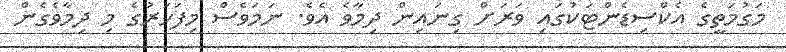
މަގުމަތީގެ އެކްސިޑެންޓަކުގައި ވަރަށް ގިނައިން ދިމާވެ އެވެ. ނަމަވެސް މިފަހަރުގެ މި ދިމާވެގެން